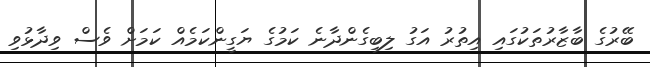
ބޭރުގެ ބާޒާރުތަކުގައި އިތުރު އަގު ލިބިގެންދާނެ ކަމުގެ ޔަގީންކަމެއް ކަމަށް ވެސް ވިދާޅުވި